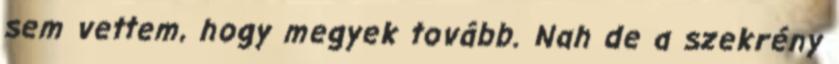
sem vettem, hogy megyek tovább. Nah de a szekrény